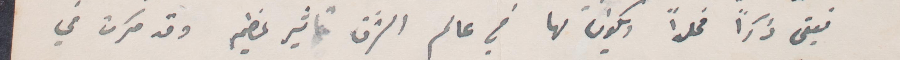
فيبقى ذكرًا  مخلدا ويكون لها في عالم الشرق تأثير عظيم وقد قررت في